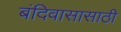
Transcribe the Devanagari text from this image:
बंदिवासासाठी